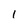
Character: l